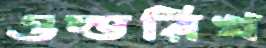
ওল্ডরিখ